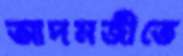
আদমজীতে